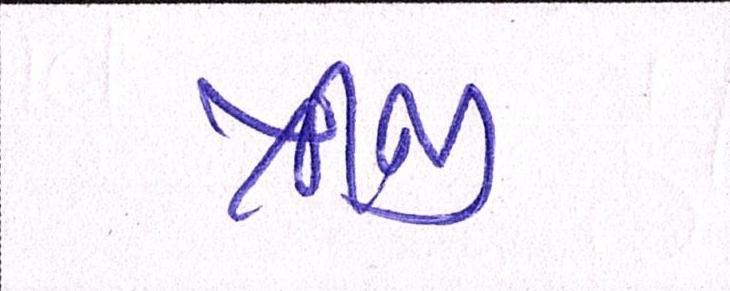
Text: ત્રીજી